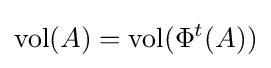
\mathrm {vol} (A)=\mathrm {vol} (\Phi ^{t}(A))